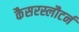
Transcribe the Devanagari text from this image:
कैसरस्लौटर्न